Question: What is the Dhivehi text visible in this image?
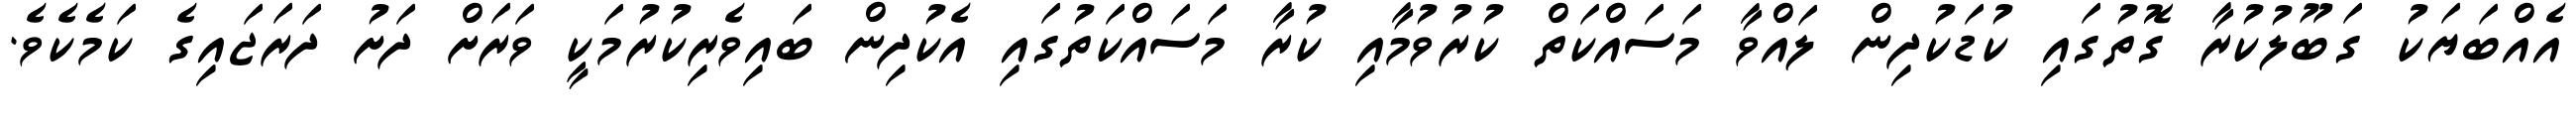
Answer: އެއްބަޔަކު ގަބޫލުކުރާ ގޮތުގައި ކުޑަކުދިން ލައްވާ މަސައްކަތް ކުރުވުމާއި ކުރާ މަސައްކަތުގައި އެކުދިން ބައިވެރިކުރުމަކީ ވަރަށް ދަށު ދަރަޖައިގެ ކަމެކެވެ.